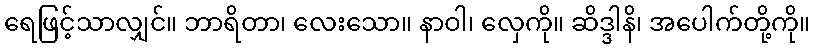
ရေဖြင့်သာလျှင်။ ဘာရိတာ၊ လေးသော။ နာဝါ၊ လှေကို။ ဆိဒ္ဒါနိ၊ အပေါက်တို့ကို။